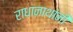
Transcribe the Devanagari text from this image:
राधानाथांनी